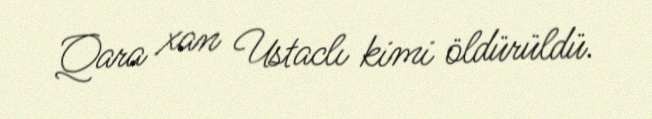
Qara xan Ustaclı kimi öldürüldü.